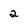
Character: 2